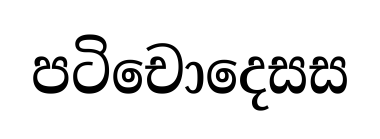
පටිචොදෙසස